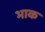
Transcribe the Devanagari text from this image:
भाक